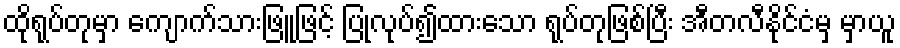
ထိုရုပ်တုမှာ ကျောက်သားဖြူဖြင့် ပြုလုပ်၍ထားသော ရုပ်တုဖြစ်ပြီး အီတလီနိုင်ငံမှ မှာယူ